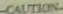
CAUTION